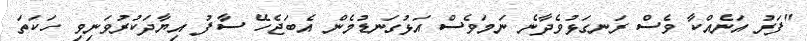
"ފަރު އަނެއްކާ ވެސް ރަނގަޅުވެދާނެ ނަމަވެސް އަޅުގަނޑުމެން އެބަޖެހޭ ސާފު އިޔާދަކުރުވަނިވި ހަކަތަ